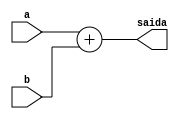
module Somador (a,b,saida);
  input [31:0]a;
  input [31:0]b;
  output [31:0]saida;
  assign saida = a + b;
endmodule //Somador